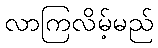
လာကြလိမ့်မည်